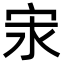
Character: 𭓢